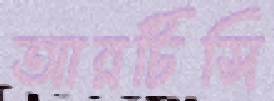
আরটিসি